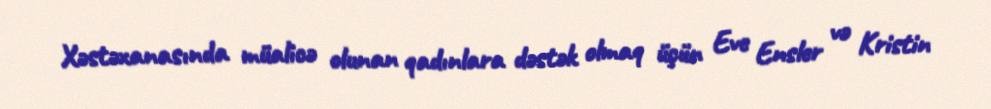
Xəstəxanasında müalicə olunan qadınlara dəstək olmaq üçün Eve Ensler və Kristin